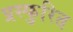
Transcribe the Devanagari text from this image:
प्रस्फुरित